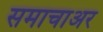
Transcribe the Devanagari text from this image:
समाचाअर